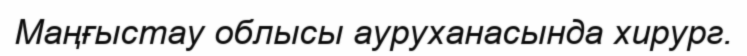
Маңғыстау облысы ауруханасында хирург.